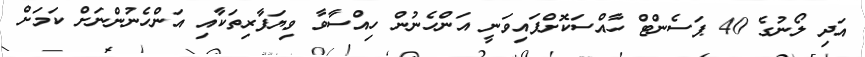
އަދި ލޯނުގެ 40 ޕަސެންޓް ހާއްސަކޮށްފައިވަނީ އަންހެނުން ހިއްސާވާ ވިޔަފާރިތަކާއި އަންހެނުންނަށް ކަމަށް